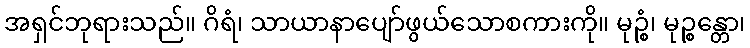
အရှင်ဘုရားသည်။ ဂိရံ၊ သာယာနာပျော်ဖွယ်သောစကားကို။ မုဉ္စံ၊ မုဉ္စန္တော၊